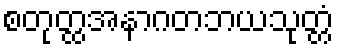
စတုတ္ထအနာဂတဘယသုတ္တံ